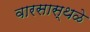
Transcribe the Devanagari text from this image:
वारसास्थळे